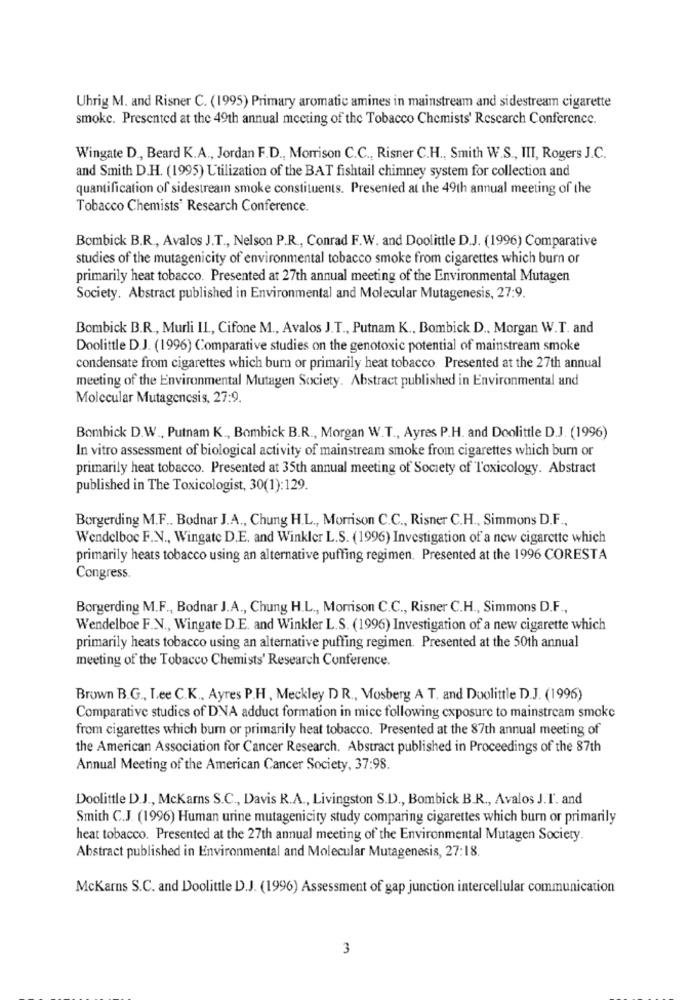
Uhrig M. and Risner C. (1995) Primary aromatic amines in mainstream and sidestream cigarette
smoke. Presented at the 49th annual meeting of the Tobacco Chemists' Research Conference.
Wingate D ., Beard K.A ., Jordan F.D ., Morrison C.C ., Risner C.H ., Smith W.S ., III, Rogers J.C.
and Smith D.H. (1995) Utilization of the BAT fishtail chimney system for collection and
quantification of sidestream smoke constituents. Presented at the 49th annual meeting of the
Tobacco Chemists" Research Conference.
Bombick B.R ., Avalos J.T ., Nelson P.R ., Conrad F.W. and Doolittle D.J. (1996) Comparative
studies of the mutagenicity of environmental tobacco smoke from cigarettes which burn or
primarily heat tobacco. Presented at 27th annual meeting of the Environmental Mutagen
Society. Abstract published in Environmental and Molecular Mutagenesis, 27:9.
Bombick B.R ., Murli IL ., Cifone M ., Avalos J.T ., Putnam K ., Bombick D ., Morgan W.T. and
Doolittle D.J. (1996) Comparative studies on the genotoxic potential of mainstream smoke
condensate from cigarettes which bum or primarily heat tobacco. Presented at the 27th annual
meeting of the Environmental Mutagen Society. Abstract published in Environmental and
Molecular Mutagenesis, 27:9.
Bombick D.W ., Putnam K ., Bombick B.R ., Morgan W.T ., Ayres P.H. and Doolittle D.J. (1996)
In vitro assessment of biological activity of mainstream smoke from cigarettes which burn or
primarily heat tobacco. Presented at 35th annual meeting of Society of Toxicology. Abstract
published in The Toxicologist, 30(1):129.
Borgerding M.F .. Bodnar J.A ., Chung H.L ., Morrison C.C ., Risner C.H ., Simmons D.F .,
Wendelboe F.N ., Wingate D.E. and Winkler L.S. (1996) Investigation of a new cigarette which
primarily heats tobacco using an alternative puffing regimen. Presented at the 1996 CORESTA
Congress.
Borgerding M.F ., Bodnar J.A ., Chung H.L ., Morrison C.C ., Risner C.H ., Simmons D.F .,
Wendelboe F.N ., Wingate D.E. and Winkler L.S. (1996) Investigation of a new cigarette which
primarily heats tobacco using an alternative puffing regimen. Presented at the 50th annual
meeting of the Tobacco Chemists' Research Conference.
Brown B.G ., Lee C.K ., Ayres P.H, Meckley DR ., Mosberg A T. and Doolittle D.J. (1996)
Comparative studies of DNA adduct formation in mice following exposure to mainstream smoke
from cigarettes which bur or primarily heat tobacco. Presented at the 87th annual meeting of
the American Association for Cancer Research. Abstract published in Proceedings of the 87th
Annual Meeting of the American Cancer Society, 37:98.
Doolittle D.J ., McKars S.C ., Davis R.A ., Livingston S.D ., Bombick B.R ., Avalos J.I. and
Smith C.J. (1996) Human urine mutagenicity study comparing cigarettes which burn or primarily
heat tobacco. Presented at the 27th annual meeting of the Environmental Mutagen Society.
Abstract published in Environmental and Molecular Mutagenesis, 27:18.
McKarns S.C. and Doolittle D.J. (1996) Assessment of gap junction intercellular communication
3